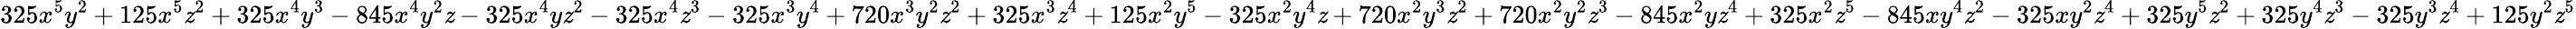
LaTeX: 325x^{5}y^{2}+125x^{5}\mathit{z}^{2}+325x^{4}y^{3}-845x^{4}y^{2}\mathit{z}-325x^{4}y\mathit{z}^{2}-325x^{4}\mathit{z}^{3}-325x^{3}y^{4}+720x^{3}y^{2}\mathit{z}^{2}+325x^{3}\mathit{z}^{4}+125x^{2}y^{5}-325x^{2}y^{4}\mathit{z}+720x^{2}y^{3}\mathit{z}^{2}+720x^{2}y^{2}\mathit{z}^{3}-845x^{2}y\mathit{z}^{4}+325x^{2}\mathit{z}^{5}-845xy^{4}\mathit{z}^{2}-325xy^{2}\mathit{z}^{4}+325y^{5}\mathit{z}^{2}+325y^{4}\mathit{z}^{3}-325y^{3}\mathit{z}^{4}+125y^{2}\mathit{z}^{5}